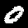
Digit: 0